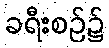
ခရီးစဉ်၌